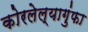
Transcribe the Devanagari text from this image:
कोरलेल्यागुंफा